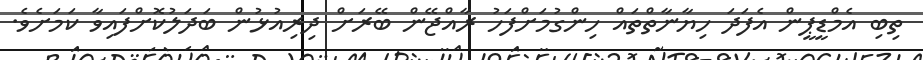
ތިބި އެމްޑީޕީން އެފަދަ ހިޔާނާތްތައް ހިންގުމަށްފަހު ރާއްޖޭން ބޭރަށް ދިރިއުޅުން ބަދަލުކޮށްފައިވާ ކަމަށެވެ.